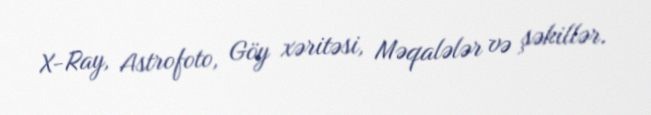
X-Ray, Astrofoto, Göy xəritəsi, Məqalələr və şəkillər.